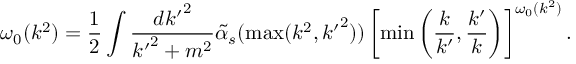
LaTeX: \omega _ { 0 } ( k ^ { 2 } ) = \frac { 1 } { 2 } \int \frac { d { k ^ { \prime } } ^ { 2 } } { { k ^ { \prime } } ^ { 2 } + m ^ { 2 } } \tilde { \alpha } _ { s } ( \operatorname * { m a x } ( k ^ { 2 } , { k ^ { \prime } } ^ { 2 } ) ) \left[ \operatorname * { m i n } \left( \frac { k } { k ^ { \prime } } , \frac { k ^ { \prime } } { k } \right) \right] ^ { \omega _ { 0 } ( k ^ { 2 } ) } .